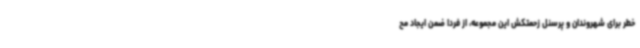
خطر برای شهروندان و پرسنل زحمتکش این مجموعه، از فردا ضمن ایجاد مح